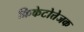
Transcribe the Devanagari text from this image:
क्रिकेटोत्तेजक